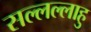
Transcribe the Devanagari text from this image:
सल्लल्लाहु